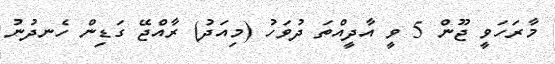
މާރަހަވީ ޖޫން 5 ވީ އާދީއްތަ ދުވަހު (މިއަދު) ރާއްޖޭ ގަޑިން ހެނދުނު